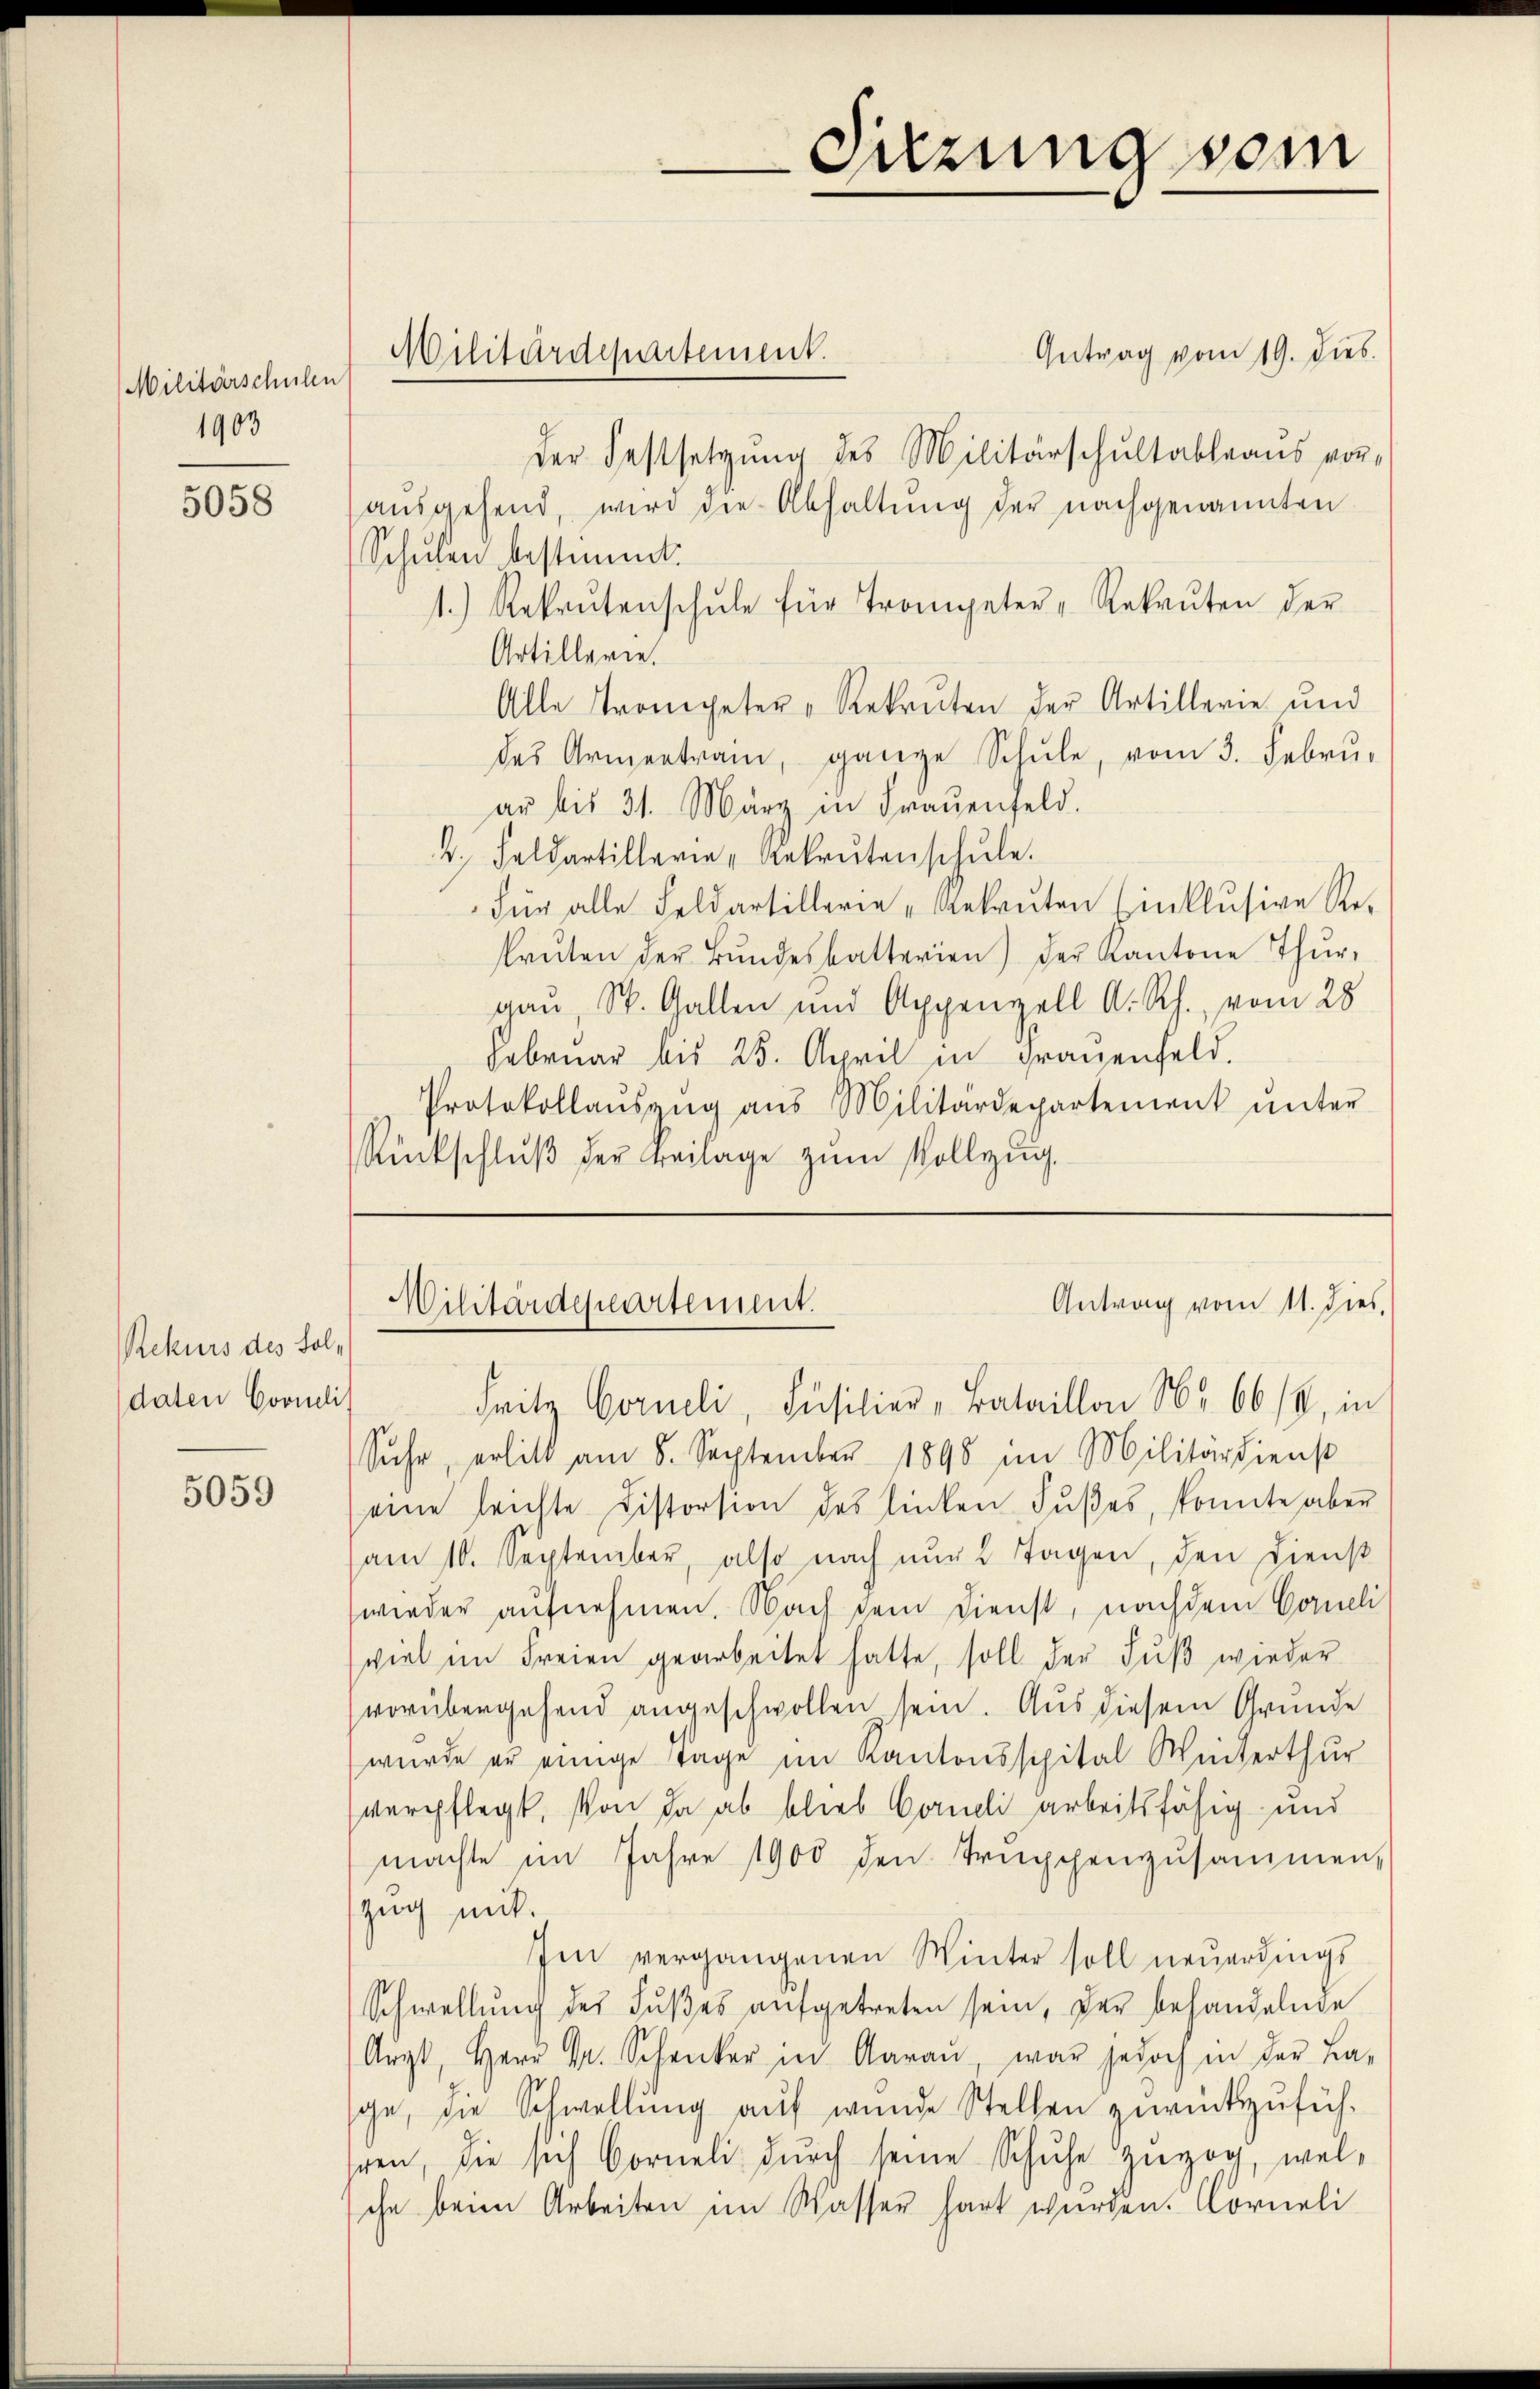
Militärschulen
1903

5058

Rekurs des Foldaten Cooneli,

5059

Getrag vom 19. dies.
der Festsetzŭng des Militärschŭltableaŭs vor-
ausgehend, wird die Abhaltung der nachgenannten
Schulen bestimmt.
1.) Rekrutenschŭle für Trompeter "Rekaŭten der
Artillerie.
Alle Trompeter-Rekruten der Artillerie und
das Armentram, ganze Schule, vom 3. Febru-
ar bis 31. März in Frauenfeld.
2. Feldartillerie " Rekrutenschŭle.
Für alle Feldartillerie "Gekruten Einklŭsive Re-
krüten der Bŭndesbatterien) der Kantone Thŭr-
gau, St. Gallen und Appenzell A. Rh., vom 28
Februar bis 25. April in grauenfeld.
Protokollaŭszŭg aŭs Militärdepartement ŭnter
Rückschluß der Beilage zum Vollzug.

Militärdepartement.

Fritz Gorneli, Füsilier „Bataillon Nr. 66 (2, in
Suche, erlitt am 8. September 1898 im Militärdienst
eine leichte Distorsion des linken, Fŭβes, konnte aber
am 10. September, also nach nur 2 Tagen, den Dienst
wieder aufnehmen. Nach dem Dienst, nachdem Corneli
viel im Freien gearbeitet hatte, soll der Fuß wieder
vorübergehend angeschwollen sein. Aus diesem Gründe
wurde er einige Tage im Kantonsspital Winterthur
verpflegt, von da ab blieb Corneli arbeitsfähig und
machte im Jahre 1900 den Truppenzusammen,
zug mit.
Im vergangenen Winter soll neuerdings
Schwellung des Fußes aufgetreten sein, der behandelnde
Aŭgt, Herr Dr. Schanker in Aarau, war jedoch in der La-
ge, die Schwellung auf wunde Stellen zurückzufüh-
hren, die sich Corneli durch seine Schuhe zuzog, welche beim Arbeiten im Wasser hart wurden. Corneli

Sitzung vom

Antrag vom 11. dies,
Militärdepartement.